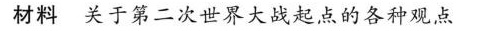
材料 关于第二次世界大战起点的各种观点